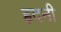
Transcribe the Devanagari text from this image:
ह्वदनी